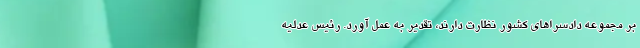
بر مجموعه دادسراهای کشور نظارت دارند، تقدیر به عمل آورد. رئیس عدلیه